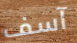
آسف